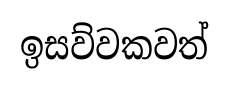
ඉසව්වකවත්